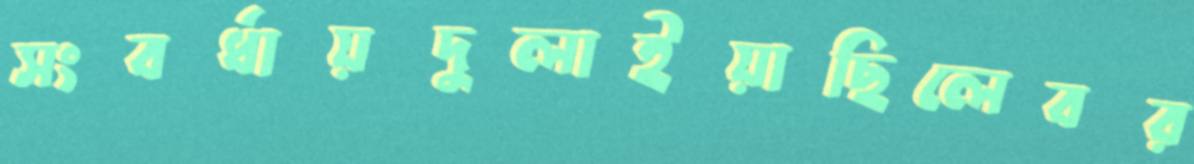
সংবর্ধায়দুলাইয়াছিলেবর